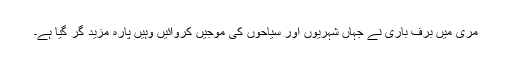
مری میں برف باری نے جہاں شہریوں اور سیاحوں کی موجیں کروائیں وہیں پارہ مزید گر گیا ہے۔